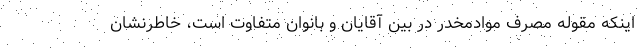
اینکه مقوله مصرف موادمخدر در بین آقایان و بانوان متفاوت است، خاطرنشان